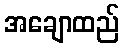
အချောထည်